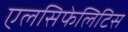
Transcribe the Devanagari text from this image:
एलसिफेलिटिस